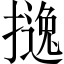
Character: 𱠵